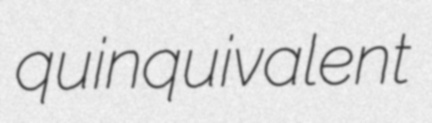
quinquivalent